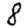
Digit: 8